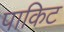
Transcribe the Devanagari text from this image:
पाकिट